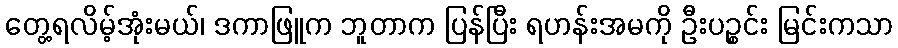
တွေ့ရလိမ့်အုံးမယ်၊ ဒကာဖြူက ဘူတာက ပြန်ပြီး ရဟန်းအမကို ဦးပဉ္စင်း မြင်းကသာ